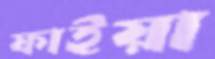
ফাইয়া